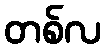
တစ်လ